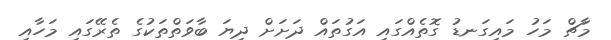
މާޗް މަހު މައިގަނޑު ގޮތެއްގައި އަގުތައް ދަށަށް ދިޔަ ބާވަތްތަކުގެ ތެރޭގައި މަހާއި